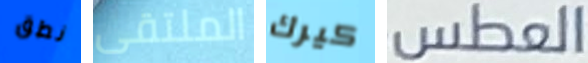
نطق الملتقى كيرك العطس